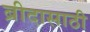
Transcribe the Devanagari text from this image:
ब्रीदासाठी